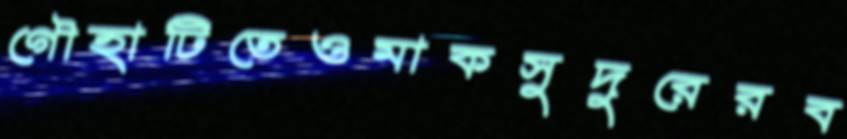
গৌহাটিতেওমাকসুদুরেরব